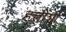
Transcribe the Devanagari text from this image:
हत्तींशी